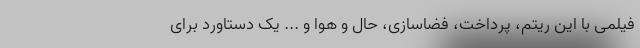
فیلمی با این ریتم، پرداخت، فضاسازی، حال و هوا و ... یک دستاورد برای